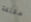
مقلقة